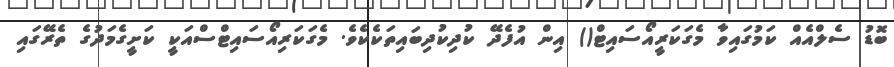
ބޮޑު ސެލްއެއް ކަމުގައިވާ މެގަކަރީއޯސައިޓް() އިން އުފެދޭ ކުދިކުދިބައިތަކެކެވެ. މެގަކަރިއޯސައިޓްސްއަކީ ކަށީގެމަދުގެ ތެރޭގައި